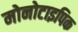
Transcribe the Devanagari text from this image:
मोनोटाइपिक